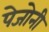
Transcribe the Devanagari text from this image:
पेजोनी